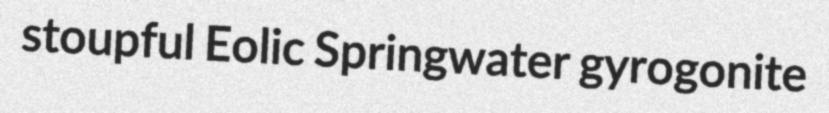
stoupful Eolic Springwater gyrogonite